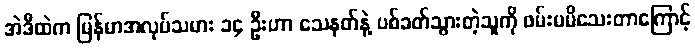
အဲဒီထဲက မြန်မာအလုပ်သမား ၁၄ ဦးဟာ သေနတ်နဲ့ ပစ်ခတ်သွားတဲ့သူကို ဖမ်းမမိသေးတာကြောင့်